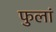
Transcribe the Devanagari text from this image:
फुलां